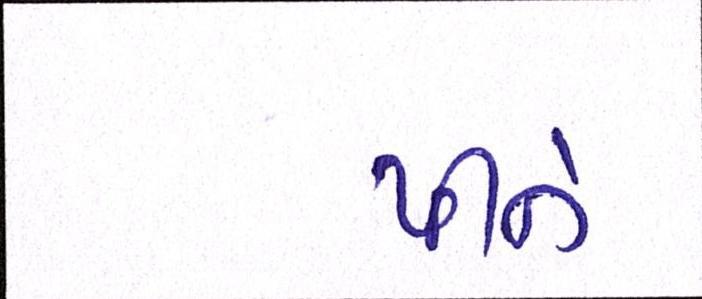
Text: પીને